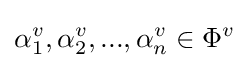
\alpha _{1}^{v},\alpha _{2}^{v},...,\alpha _{n}^{v}\in \Phi ^{v}